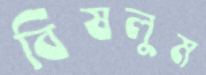
বিষলুম